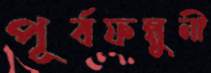
পূর্বফল্গুনী